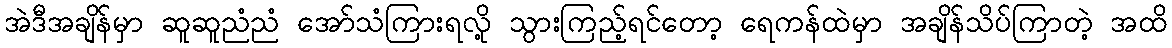
အဲဒီအချိန်မှာ ဆူဆူညံညံ အော်သံကြားရလို့ သွားကြည့်ရင်တော့ ရေကန်ထဲမှာ အချိန်သိပ်ကြာတဲ့ အထိ